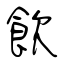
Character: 飲